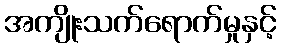
အကျိုးသက်ရောက်မှုနှင့်